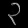
Digit: ၃